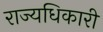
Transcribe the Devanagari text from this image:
राज्यधिकारी